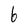
Character: 6